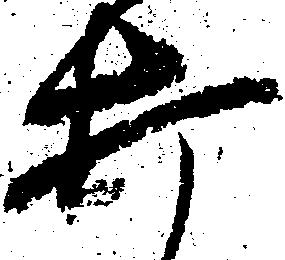
打